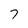
Character: 7